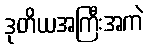
ဒုတိယအကြီးအကဲ